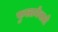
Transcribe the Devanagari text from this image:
फुलानेवाले